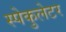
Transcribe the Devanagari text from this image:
स्पेकुलेटर